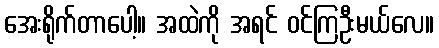
အေးရိုက်တာပေါ့။ အထဲကို အရင် ဝင်ကြဦးမယ်လေ။